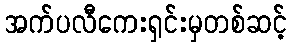
အက်ပလီကေးရှင်းမှတစ်ဆင့်